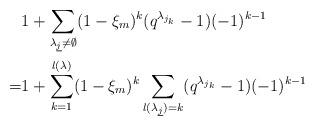
LaTeX: \begin{align*}&1+\sum_{\lambda_{\underline{j}}\neq \emptyset}(1-\xi_m)^{k} (q^{\lambda_{j_k}}-1)(-1)^{k-1}\\=&1+\sum_{k=1}^{\l(\lambda)}(1-\xi_m)^{k}\sum_{l(\lambda_{\underline{j}})=k} (q^{\lambda_{j_k}}-1)(-1)^{k-1}\end{align*}